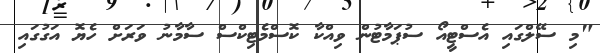
"މި ސޭލްގައި އެސްޓީއޯ ސުޕަމާޓުން ވިއްކާ ކޮސްމެޓިކްސް ސާމާނު ވަރަށް ހެޔޮ އަގުގައި